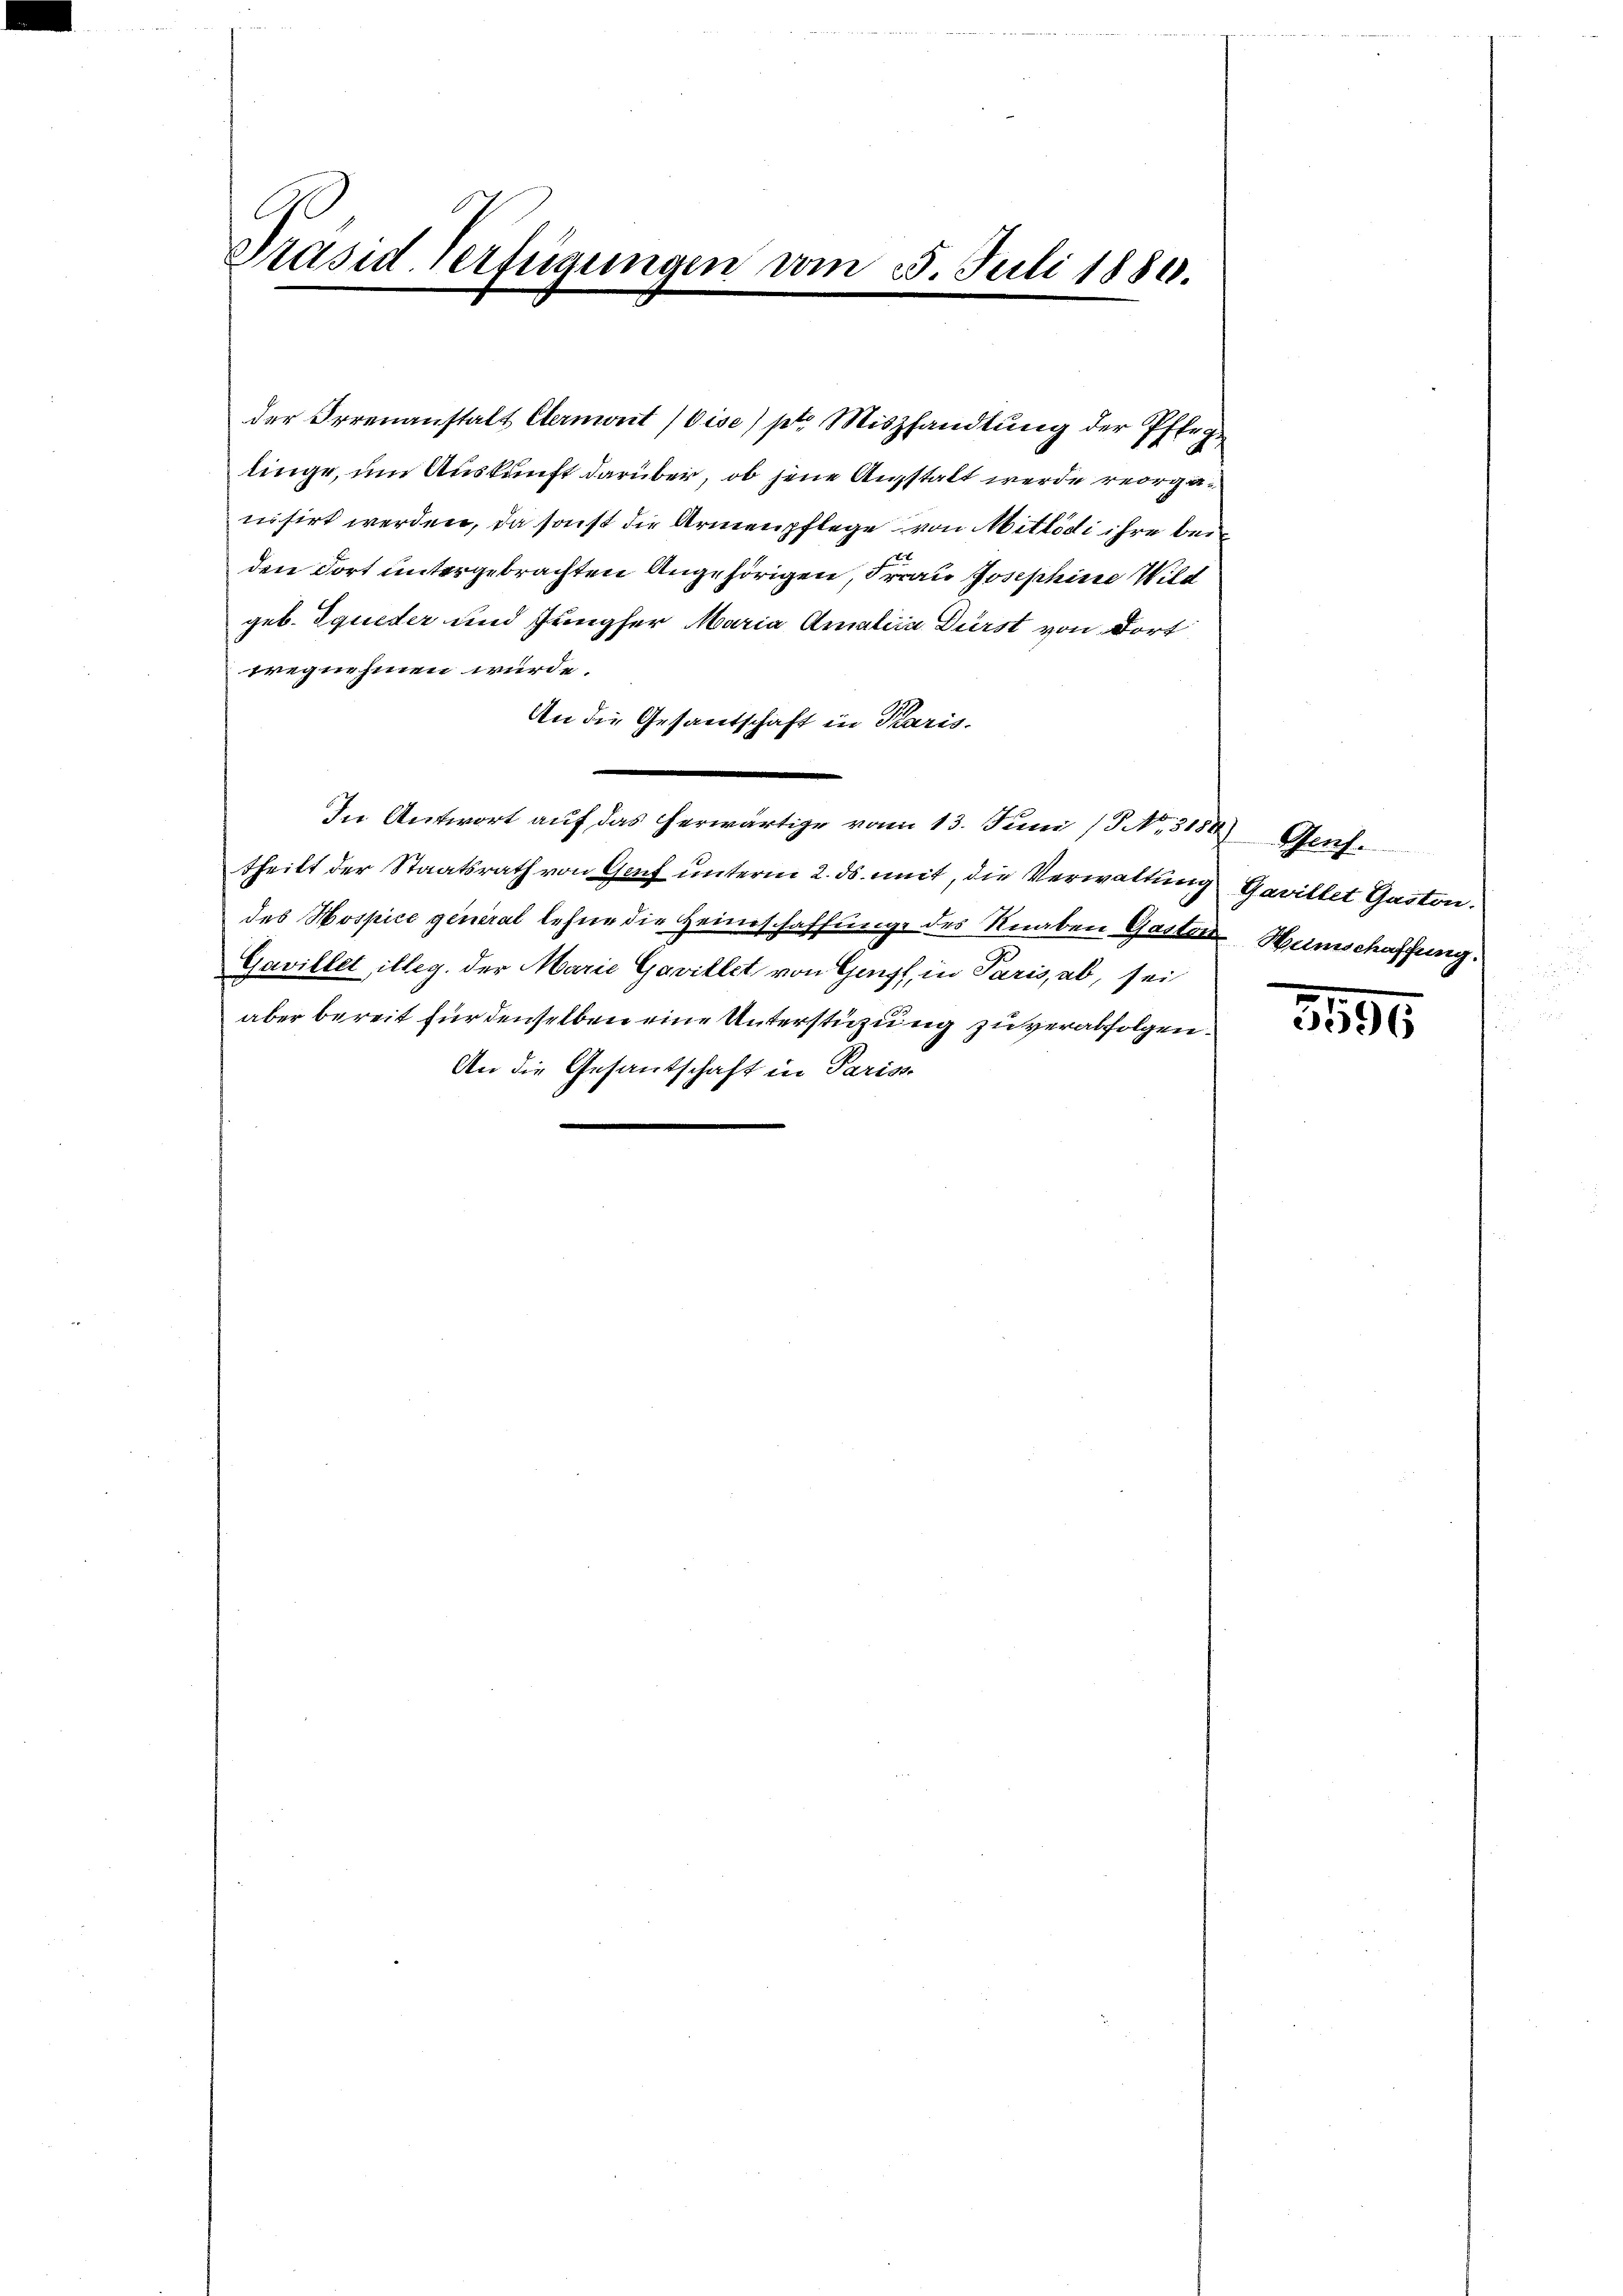
.
Präsid. Verfügungen vom 3. Juli 1880.

der Irrenanstalt Eernwart (bise) pto Miszhandlung der Pfleglinge, um Auskunft darüber, ob jene Angstalt werde reorganisirt werden, da sonst die Armenpflege von Mitlödi ihre bei
den dort untergebrachten Angehörigen, Frau Josephine Wild
geb. Iqueter und Jungfer Maria Amalica Dürst von dort
wegnehmen würde.
An die Gesandschaft in Paris.
In Antwort auf das herwärtige vom 13. Juni 18. No. 5154) Genf.
theilt der Staatsrath von Genf unterm 2. ds. mit, die Verwaltung Gavillet Gaston.
des Hospice general lehne die Heimschaffung des Knaben Gasten Wunschaffung.
Gavillet illeg. der Marie Gavillet von Genf, in Paris, ab, sei
aber bereit für denselben eine Unterstüzung zu verabfolgen.
An die Gesandschaft in Paris

1550